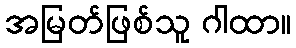
အမြတ်ဖြစ်သူ ဂါထာ။